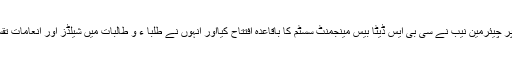
اس موقع پر چیئرمین نیب نے سی بی ایس ڈیٹا بیس مینجمنٹ سسٹم کا باقاعدہ افتتاح کیااور انہوں نے طلبا ء و طالبات میں شیلڈز اور انعامات تقسیم کئے ۔